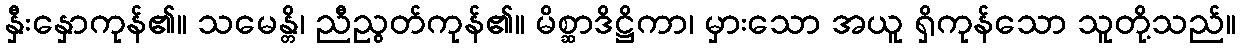
နှီးနှောကုန်၏။ သမေန္တိ၊ ညီညွတ်ကုန်၏။ မိစ္ဆာဒိဋ္ဌိကာ၊ မှားသော အယူ ရှိကုန်သော သူတို့သည်။